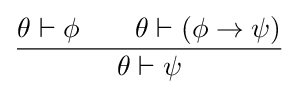
{\frac {\theta \vdash \phi \quad \quad \theta \vdash \left(\phi \rightarrow \psi \right)}{\theta \vdash \psi }}